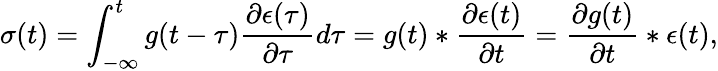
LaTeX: \sigma(t)=\int_{-\infty}^{t}g(t-\tau)\frac{\partial\epsilon(\tau)}{\partial\tau}d\tau=g(t)*\frac{\partial\epsilon(t)}{\partial t}=\frac{\partial g(t)}{\partial t}*\epsilon(t),